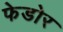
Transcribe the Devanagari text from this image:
फेडोर